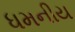
ધમનીય